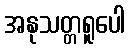
အနုသတ္တရူပေါ